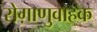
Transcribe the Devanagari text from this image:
रोग़ाणुवाहक